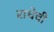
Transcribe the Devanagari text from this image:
राधेची